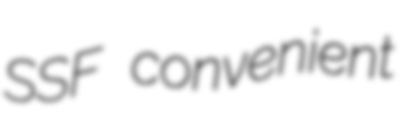
SSF convenient